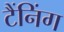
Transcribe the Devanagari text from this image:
टैंनिंग